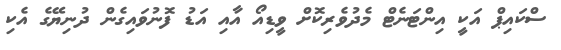
ސްކައިޕް އަކީ އިންޓަނެޓް މެދުވެރިކޮށް ވީޑިއޯ އާއި އަޑު ފޮނުވައިގެން ދުނިޔޭގެ އެކި